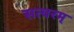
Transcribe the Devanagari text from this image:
सत्वरम्